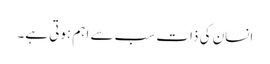
انسان کی ذات سب سے اہم ہوتی ہے۔